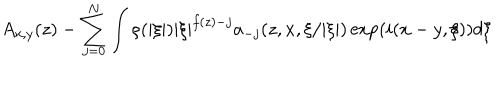
LaTeX: A _ { x , y } ( z ) - \sum _ { j = 0 } ^ { N } \int \rho ( | \xi | ) | \xi | ^ { f ( z ) - j } a _ { - j } ( z , x , \xi / | \xi | ) \exp ( i ( x - y , \xi ) ) d \xi